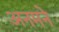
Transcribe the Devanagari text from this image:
अनमने